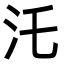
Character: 汑